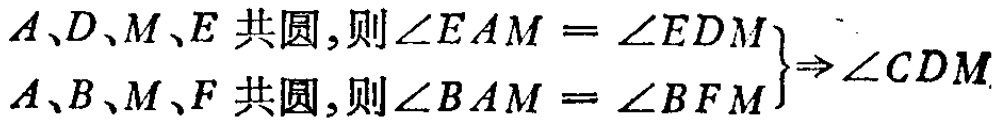
$
\begin{align*}
\left.
\begin{array}{l}
A、D、M、E\text{ 共圆,则}\angle EAM = \angle EDM\\
A、B、M、F\text{ 共圆,则}\angle BAM = \angle BFM
\end{array}
\right\}
\Rightarrow\angle CDM
\end{align*}
$